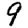
Digit: 9